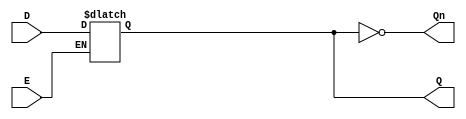
module latch_register (
    input wire D,      // Data input
    input wire E,      // Enable signal
    output reg Q,      // Output Q
    output wire Qn     // Complementary output Q'
);

// Always block that describes the behavior of the latch
always @(*) begin
    if (E) begin
        Q = D;        // When Enable is high, capture D
    end
    // When E is low, Q retains its previous value (no assignment needed)
end

// Assign Qn as the complement of Q
assign Qn = ~Q;

endmodule